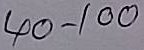
40 - 100